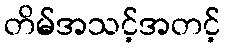
တိမ်အသင့်အတင့်